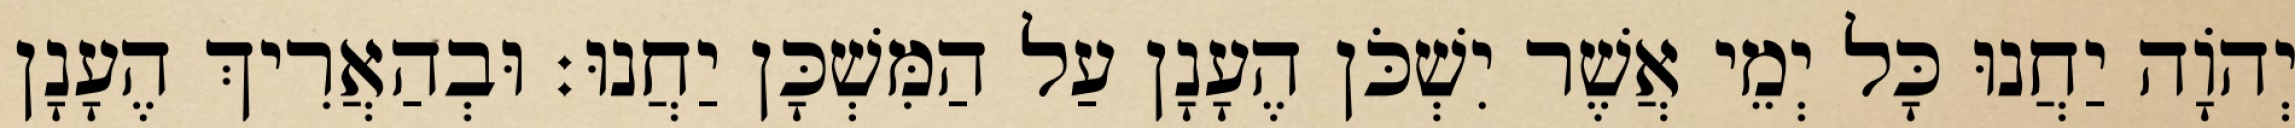
יְהוָֹה יַחֲנוּ כָּל יְמֵי אֲשֶׁר יִשְׁכֹּן הֶעָנָן עַל הַמִּשְׁכָּן יַחֲנוּ׃ וּבְהַאֲרִיךְ הֶעָנָן